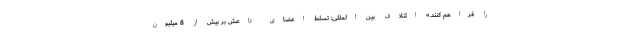
را فراهم کنند.» ائتلاف بین المللی: تسلط اعضای داعش بر بیش از 8 میلیون